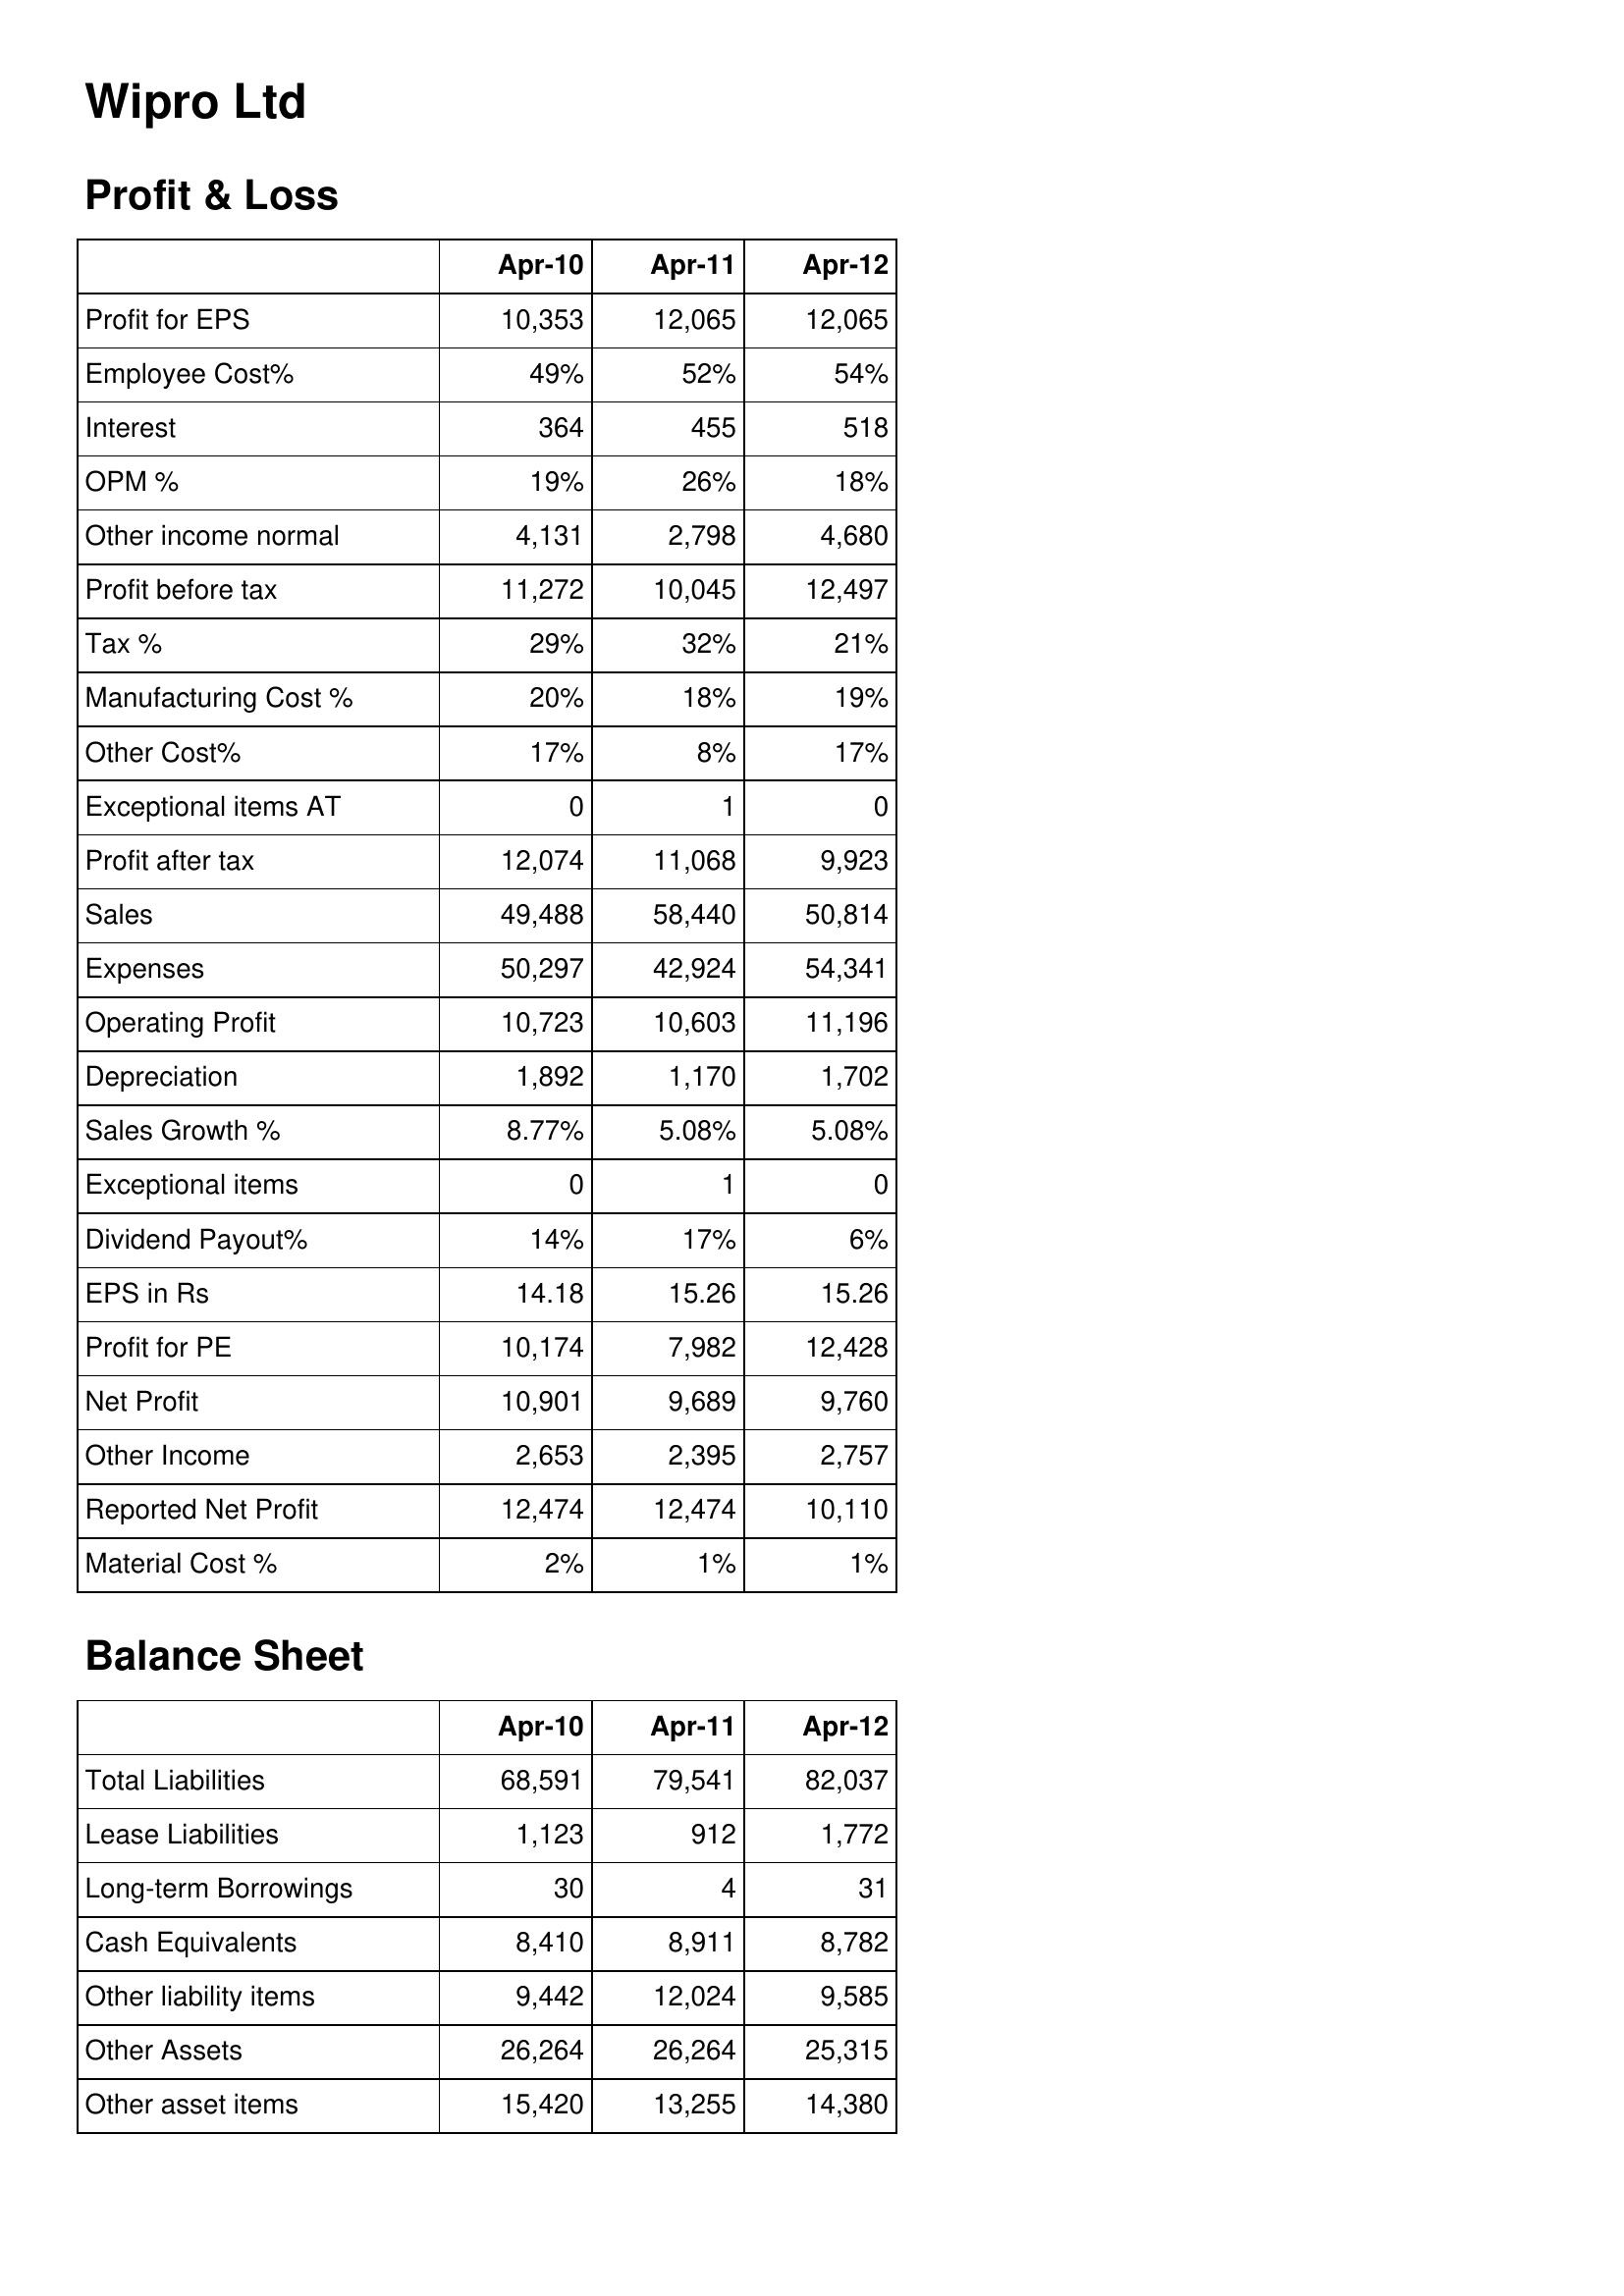
Apr-10: Profit & Loss: Profit for EPS: 10,353
Employee Cost%: 49%
Interest: 364
OPM %: 19%
Other income normal: 4,131
Profit before tax: 11,272
Tax %: 29%
Manufacturing Cost %: 20%
Other Cost%: 17%
Exceptional items AT: 0
Profit after tax: 12,074
Sales: 49,488
Expenses: 50,297
Operating Profit: 10,723
Depreciation: 1,892
Sales Growth %: 8.77%
Exceptional items: 0
Dividend Payout%: 14%
EPS in Rs: 14.18
Profit for PE: 10,174
Net Profit: 10,901
Other Income: 2,653
Reported Net Profit: 12,474
Material Cost %: 2%
Balance Sheet: Total Liabilities: 68,591
Lease Liabilities: 1,123
Long-term Borrowings: 30
Cash Equivalents: 8,410
Other liability items: 9,442
Other Assets: 26,264
Other asset items: 15,420
Apr-11: Profit & Loss: Profit for EPS: 12,065
Employee Cost%: 52%
Interest: 455
OPM %: 26%
Other income normal: 2,798
Profit before tax: 10,045
Tax %: 32%
Manufacturing Cost %: 18%
Other Cost%: 8%
Exceptional items AT: 1
Profit after tax: 11,068
Sales: 58,440
Expenses: 42,924
Operating Profit: 10,603
Depreciation: 1,170
Sales Growth %: 5.08%
Exceptional items: 1
Dividend Payout%: 17%
EPS in Rs: 15.26
Profit for PE: 7,982
Net Profit: 9,689
Other Income: 2,395
Reported Net Profit: 12,474
Material Cost %: 1%
Balance Sheet: Total Liabilities: 79,541
Lease Liabilities: 912
Long-term Borrowings: 4
Cash Equivalents: 8,911
Other liability items: 12,024
Other Assets: 26,264
Other asset items: 13,255
Apr-12: Profit & Loss: Profit for EPS: 12,065
Employee Cost%: 54%
Interest: 518
OPM %: 18%
Other income normal: 4,680
Profit before tax: 12,497
Tax %: 21%
Manufacturing Cost %: 19%
Other Cost%: 17%
Exceptional items AT: 0
Profit after tax: 9,923
Sales: 50,814
Expenses: 54,341
Operating Profit: 11,196
Depreciation: 1,702
Sales Growth %: 5.08%
Exceptional items: 0
Dividend Payout%: 6%
EPS in Rs: 15.26
Profit for PE: 12,428
Net Profit: 9,760
Other Income: 2,757
Reported Net Profit: 10,110
Material Cost %: 1%
Balance Sheet: Total Liabilities: 82,037
Lease Liabilities: 1,772
Long-term Borrowings: 31
Cash Equivalents: 8,782
Other liability items: 9,585
Other Assets: 25,315
Other asset items: 14,380